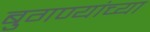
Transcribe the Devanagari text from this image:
बुगण्यांच्या